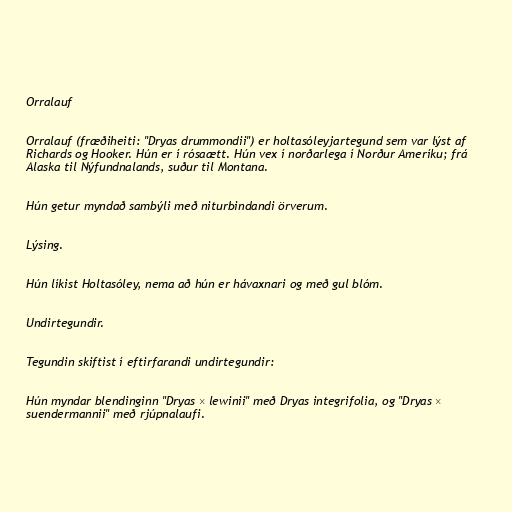
Orralauf

Orralauf (fræðiheiti: "Dryas drummondii") er holtasóleyjartegund sem var lýst af
Richards og Hooker. Hún er í rósaætt. Hún vex í norðarlega í Norður Ameríku; frá
Alaska til Nýfundnalands, suður til Montana.

Hún getur myndað sambýli með niturbindandi örverum.

Lýsing.

Hún líkist Holtasóley, nema að hún er hávaxnari og með gul blóm.

Undirtegundir.

Tegundin skiftist í eftirfarandi undirtegundir:

Hún myndar blendinginn "Dryas × lewinii" með Dryas integrifolia, og "Dryas ×
suendermannii" með rjúpnalaufi.